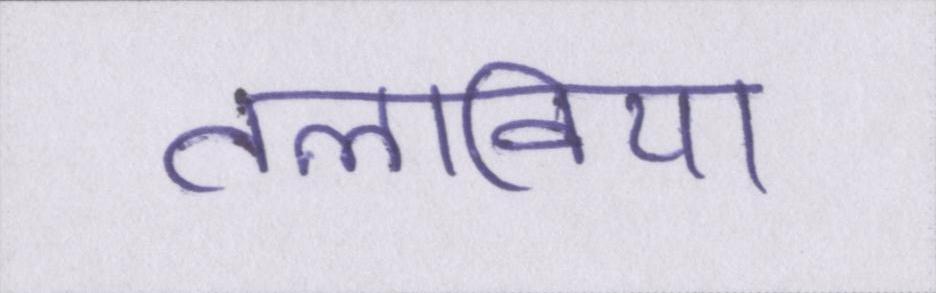
तलाविया